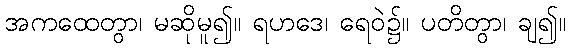
အကထေတွာ၊ မဆိုမူ၍။ ရဟဒေ၊ ရေဝဲ၌။ ပတိတွာ၊ ချ၍။